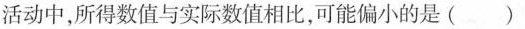
活动中,所得数值与实际数值相比，可能偏小的是( )